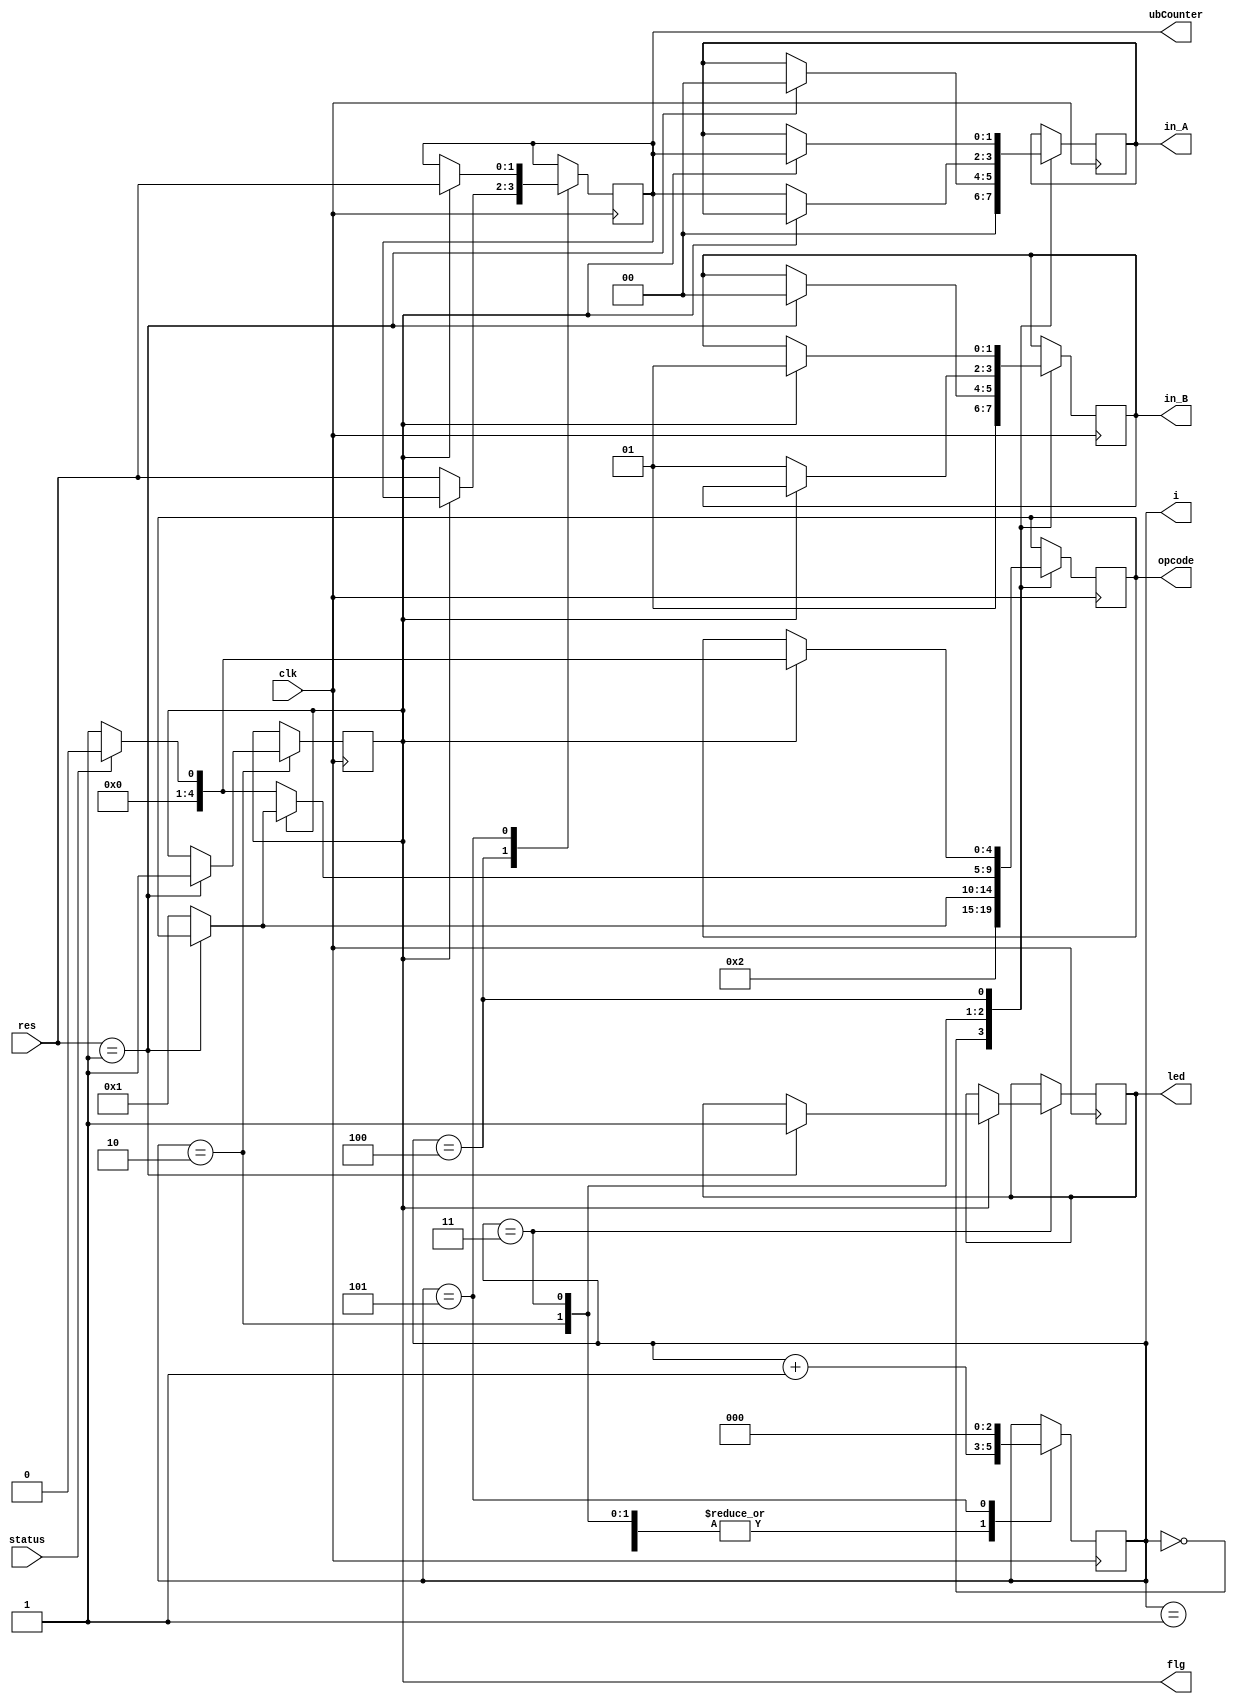
module code 
(
	input wire [1:0] res,
	input wire status,
	input clk,
	output reg [1:0] in_A, in_B,
	output reg [4:0] opcode,
	output reg led,
	output reg [1:0] ubCounter,
	output reg [2:0] i,
	output reg flg
	);

reg [1:0] val_x, val_y;
initial begin
	i = 0;
	ubCounter = 0;
	val_x = 2'b00;
	val_y = 2'b10;
end

always @(posedge clk) begin
	case (i) 
		//Inicializa el estado del sistema iniciando con un AND usando el bit mas significativo
		0: begin
				opcode = 2'b10;
				in_A = val_x[1];
				in_B = val_y[1];
				i = i + 1'b1;
			end
		1: i = i + 1'b1;
		//Se compara el resultado del AND y se hace un branch dependiendo del resultado
		//Si sale true, se usan los bits ms significativos para otro AND
		2: begin
				if (res == 1'b1) begin
					flg = 1;
					in_A = val_x[0];
					in_B = val_y[0];
				end
		//Si sale false, se hace una resta para saber el mayor
				else begin
					opcode = 1'b1;
				end
				i = i + 1'b1;
			end
		
		3: begin
				if (flg == 1) begin
					if (res == 1) begin
						led = 1;
					end
					else begin
						opcode = 1;
					end
				end
				else begin
					if (status == 1) begin
						in_A = ubCounter;
						in_B = 1'b1;
						opcode = 0;
					end
					else begin
						in_A = ubCounter;
						in_B = 1'b1;
						opcode = 1;
					end
				end
				i = i + 1'b1;
			end
		4: begin
				if (flg == 1) begin
					if (status == 1) begin
						in_A = ubCounter;
						in_B = 1;
						opcode = 0;
					end
					else begin
						in_A = ubCounter;
						in_B = 1;
						opcode = 1;
					end
				end
				else begin
					ubCounter = res;
				end
				i = i + 1'b1;
			end
		5: begin
				if (flg == 1) begin
					ubCounter = res;
				end
				i = 0;
			end
	endcase	
end
 
endmodule